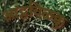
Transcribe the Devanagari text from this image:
आट्टविळक्कु